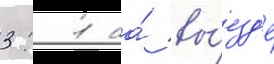
3: 1 на́ вы́езд'е